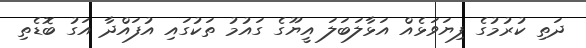
ދަތި ކުރުމުގެ ފިޔަވަޅެއް އަޅާލަބަލަ އީޔޫގެ ގައުމު ތަކުގައި އުފައްދާ އަގު ބޮޑެތި